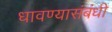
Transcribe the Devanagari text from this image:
धावण्यासंबंधी